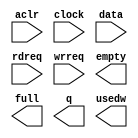
// megafunction wizard: %FIFO%VBB%
// GENERATION: STANDARD
// VERSION: WM1.0
// MODULE: scfifo 

// ============================================================
// Megafunction Name(s):
// 			scfifo
//
// Simulation Library Files(s):
// 			altera_mf
// ============================================================
// ************************************************************
// THIS IS A WIZARD-GENERATED FILE. DO NOT EDIT THIS FILE!
//
// 18.1.0 Build 625 09/12/2018 SJ Standard Edition
// ************************************************************

//Copyright (C) 2018  Intel Corporation. All rights reserved.
//Your use of Intel Corporation's design tools, logic functions 
//and other software and tools, and its AMPP partner logic 
//functions, and any output files from any of the foregoing 
//(including device programming or simulation files), and any 
//associated documentation or information are expressly subject 
//to the terms and conditions of the Intel Program License 
//Subscription Agreement, the Intel Quartus Prime License Agreement,
//the Intel FPGA IP License Agreement, or other applicable license
//agreement, including, without limitation, that your use is for
//the sole purpose of programming logic devices manufactured by
//Intel and sold by Intel or its authorized distributors.  Please
//refer to the applicable agreement for further details.

module vga_fifo (
	aclr,
	clock,
	data,
	rdreq,
	wrreq,
	empty,
	full,
	q,
	usedw);

	input	  aclr;
	input	  clock;
	input	[15:0]  data;
	input	  rdreq;
	input	  wrreq;
	output	  empty;
	output	  full;
	output	[15:0]  q;
	output	[3:0]  usedw;

endmodule

// ============================================================
// CNX file retrieval info
// ============================================================
// Retrieval info: PRIVATE: AlmostEmpty NUMERIC "0"
// Retrieval info: PRIVATE: AlmostEmptyThr NUMERIC "-1"
// Retrieval info: PRIVATE: AlmostFull NUMERIC "0"
// Retrieval info: PRIVATE: AlmostFullThr NUMERIC "-1"
// Retrieval info: PRIVATE: CLOCKS_ARE_SYNCHRONIZED NUMERIC "0"
// Retrieval info: PRIVATE: Clock NUMERIC "0"
// Retrieval info: PRIVATE: Depth NUMERIC "16"
// Retrieval info: PRIVATE: Empty NUMERIC "1"
// Retrieval info: PRIVATE: Full NUMERIC "1"
// Retrieval info: PRIVATE: INTENDED_DEVICE_FAMILY STRING "Cyclone IV E"
// Retrieval info: PRIVATE: LE_BasedFIFO NUMERIC "0"
// Retrieval info: PRIVATE: LegacyRREQ NUMERIC "0"
// Retrieval info: PRIVATE: MAX_DEPTH_BY_9 NUMERIC "0"
// Retrieval info: PRIVATE: OVERFLOW_CHECKING NUMERIC "0"
// Retrieval info: PRIVATE: Optimize NUMERIC "0"
// Retrieval info: PRIVATE: RAM_BLOCK_TYPE NUMERIC "0"
// Retrieval info: PRIVATE: SYNTH_WRAPPER_GEN_POSTFIX STRING "0"
// Retrieval info: PRIVATE: UNDERFLOW_CHECKING NUMERIC "0"
// Retrieval info: PRIVATE: UsedW NUMERIC "1"
// Retrieval info: PRIVATE: Width NUMERIC "16"
// Retrieval info: PRIVATE: dc_aclr NUMERIC "0"
// Retrieval info: PRIVATE: diff_widths NUMERIC "0"
// Retrieval info: PRIVATE: msb_usedw NUMERIC "0"
// Retrieval info: PRIVATE: output_width NUMERIC "16"
// Retrieval info: PRIVATE: rsEmpty NUMERIC "1"
// Retrieval info: PRIVATE: rsFull NUMERIC "0"
// Retrieval info: PRIVATE: rsUsedW NUMERIC "0"
// Retrieval info: PRIVATE: sc_aclr NUMERIC "1"
// Retrieval info: PRIVATE: sc_sclr NUMERIC "0"
// Retrieval info: PRIVATE: wsEmpty NUMERIC "0"
// Retrieval info: PRIVATE: wsFull NUMERIC "1"
// Retrieval info: PRIVATE: wsUsedW NUMERIC "0"
// Retrieval info: LIBRARY: altera_mf altera_mf.altera_mf_components.all
// Retrieval info: CONSTANT: ADD_RAM_OUTPUT_REGISTER STRING "OFF"
// Retrieval info: CONSTANT: INTENDED_DEVICE_FAMILY STRING "Cyclone IV E"
// Retrieval info: CONSTANT: LPM_NUMWORDS NUMERIC "16"
// Retrieval info: CONSTANT: LPM_SHOWAHEAD STRING "ON"
// Retrieval info: CONSTANT: LPM_TYPE STRING "scfifo"
// Retrieval info: CONSTANT: LPM_WIDTH NUMERIC "16"
// Retrieval info: CONSTANT: LPM_WIDTHU NUMERIC "4"
// Retrieval info: CONSTANT: OVERFLOW_CHECKING STRING "ON"
// Retrieval info: CONSTANT: UNDERFLOW_CHECKING STRING "ON"
// Retrieval info: CONSTANT: USE_EAB STRING "ON"
// Retrieval info: USED_PORT: aclr 0 0 0 0 INPUT NODEFVAL "aclr"
// Retrieval info: USED_PORT: clock 0 0 0 0 INPUT NODEFVAL "clock"
// Retrieval info: USED_PORT: data 0 0 16 0 INPUT NODEFVAL "data[15..0]"
// Retrieval info: USED_PORT: empty 0 0 0 0 OUTPUT NODEFVAL "empty"
// Retrieval info: USED_PORT: full 0 0 0 0 OUTPUT NODEFVAL "full"
// Retrieval info: USED_PORT: q 0 0 16 0 OUTPUT NODEFVAL "q[15..0]"
// Retrieval info: USED_PORT: rdreq 0 0 0 0 INPUT NODEFVAL "rdreq"
// Retrieval info: USED_PORT: usedw 0 0 4 0 OUTPUT NODEFVAL "usedw[3..0]"
// Retrieval info: USED_PORT: wrreq 0 0 0 0 INPUT NODEFVAL "wrreq"
// Retrieval info: CONNECT: @aclr 0 0 0 0 aclr 0 0 0 0
// Retrieval info: CONNECT: @clock 0 0 0 0 clock 0 0 0 0
// Retrieval info: CONNECT: @data 0 0 16 0 data 0 0 16 0
// Retrieval info: CONNECT: @rdreq 0 0 0 0 rdreq 0 0 0 0
// Retrieval info: CONNECT: @wrreq 0 0 0 0 wrreq 0 0 0 0
// Retrieval info: CONNECT: empty 0 0 0 0 @empty 0 0 0 0
// Retrieval info: CONNECT: full 0 0 0 0 @full 0 0 0 0
// Retrieval info: CONNECT: q 0 0 16 0 @q 0 0 16 0
// Retrieval info: CONNECT: usedw 0 0 4 0 @usedw 0 0 4 0
// Retrieval info: GEN_FILE: TYPE_NORMAL vga_fifo.v TRUE
// Retrieval info: GEN_FILE: TYPE_NORMAL vga_fifo.inc FALSE
// Retrieval info: GEN_FILE: TYPE_NORMAL vga_fifo.cmp FALSE
// Retrieval info: GEN_FILE: TYPE_NORMAL vga_fifo.bsf FALSE
// Retrieval info: GEN_FILE: TYPE_NORMAL vga_fifo_inst.v TRUE
// Retrieval info: GEN_FILE: TYPE_NORMAL vga_fifo_bb.v TRUE
// Retrieval info: LIB_FILE: altera_mf